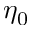
\eta _ { 0 }